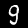
Digit: 9